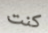
كنت